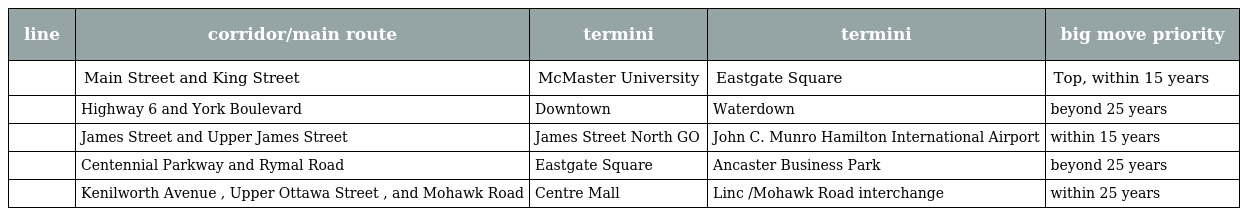
| line | corridor/main route | termini | termini | big move priority |
 | --- | --- | --- | --- | --- |
 |  | Main Street and King Street | McMaster University | Eastgate Square | Top, within 15 years |
 |  | Highway 6 and York Boulevard | Downtown | Waterdown | beyond 25 years |
 |  | James Street and Upper James Street | James Street North GO | John C. Munro Hamilton International Airport | within 15 years |
 |  | Centennial Parkway and Rymal Road | Eastgate Square | Ancaster Business Park | beyond 25 years |
 |  | Kenilworth Avenue , Upper Ottawa Street , and Mohawk Road | Centre Mall | Linc /Mohawk Road interchange | within 25 years |